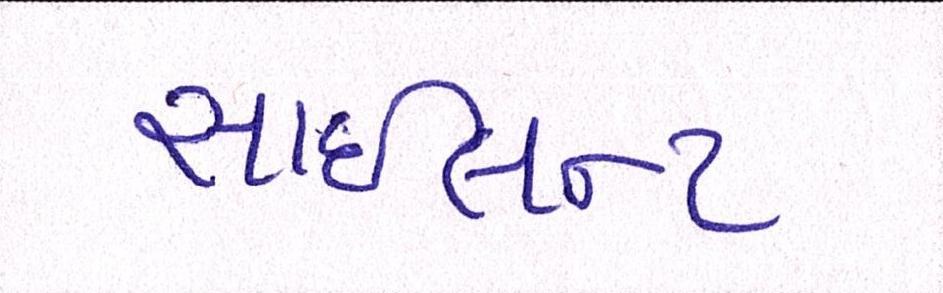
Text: સાઇલન્ટ